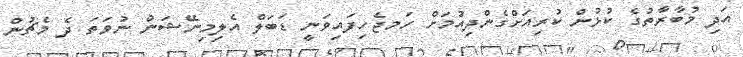
އަދި މުބާރާތުގެ ކުޅުން ކުރިއަށްގެންދިއުމަށް ހަމޖެހިފައިވަނީ ޑަބަލް އެލިމިނޭޝަން ނުވަތަ ދެ މެޗުން